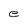
Character: e